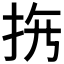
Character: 𱟳